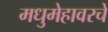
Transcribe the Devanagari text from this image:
मधुमेहावरचे